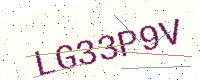
Text: LG33P9V